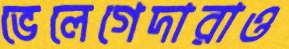
ভেলেগেদারাও